Document type: Sale
Year: 1451
Scribe: [Unknown]
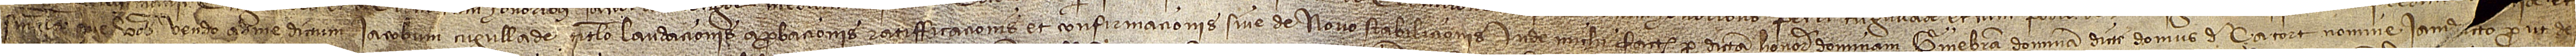
singula que vobis vendo ad me dictum Iacobum Cugullade titulo laudacionis, aprobacionis, ratifficacionis et confirmacionis sive de novo stabilicionis inde michi facto per dictam honorabilem dominam Ginebram, dominam dicte domus de Çacort, nomine iamd[i]cto, prout de